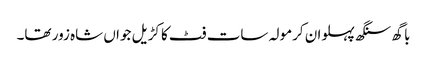
باگھ سنگھ پہلوان کرمولہ سات فٹ کا کڑیل جواں شاہ زور تھا۔